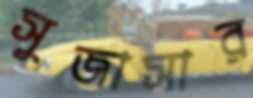
সুজাসার